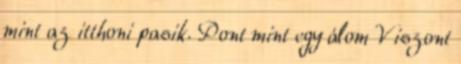
mint az itthoni pasik. Pont mint egy álom Viszont